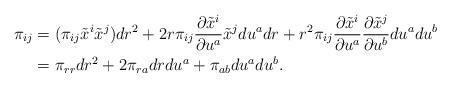
LaTeX: \begin{align*}\pi_{ij} &= (\pi_{ij} \tilde{x}^i \tilde{x}^j) dr^2+2 r \pi_{ij} \frac{\partial \tilde{x}^i}{\partial u^a} \tilde{x}^j du^a dr+r^2\pi_{ij} \frac{\partial \tilde{x}^i}{\partial u^a}\frac{\partial \tilde{x}^j}{\partial u^b} du^a du^b\\& = \pi_{rr} dr^2 + 2 \pi_{ra} dr du^a + \pi_{ab} du^a du^b.\end{align*}